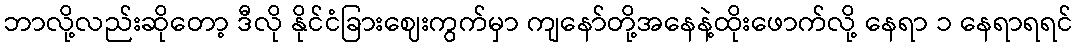
ဘာလို့လည်းဆိုတော့ ဒီလို နိုင်ငံခြားဈေးကွက်မှာ ကျနော်တို့အနေနဲ့ထိုးဖောက်လို့ နေရာ ၁ နေရာရရင်